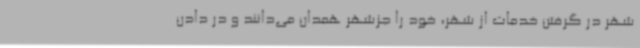
شهر در گرفتن خدمات از شهر، خود را جزشهر همدان می‌دانند و در دادن